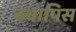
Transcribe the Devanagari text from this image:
क्वापिस